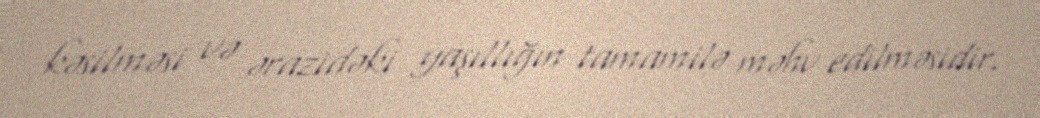
kəsilməsi və ərazidəki yaşıllığın tamamilə məhv edilməsidir.